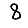
Digit: 8